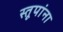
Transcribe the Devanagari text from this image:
स्तूपांना